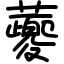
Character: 蘷